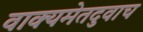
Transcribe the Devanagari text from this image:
वाक्यमेतदुवाच